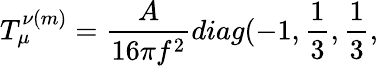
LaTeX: T_{\mu}^{\nu(m)}=\frac{A}{16\pi f^{2}}diag(-1,\frac{1}{3},\frac{1}{3},